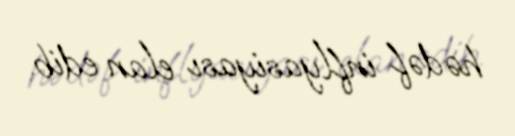
hədəf inflyasiyası elan edib.